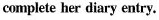
complete her diary entry.